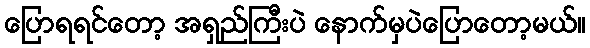
ပြောရရင်တော့ အရှည်ကြီးပဲ နောက်မှပဲပြောတော့မယ်။